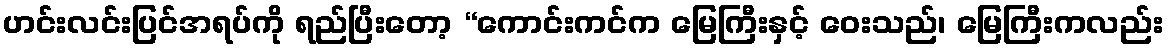
ဟင်းလင်းပြင်အရပ်ကို ရည်ပြီးတော့ “ကောင်းကင်က မြေကြီးနှင့် ဝေးသည်၊ မြေကြီးကလည်း